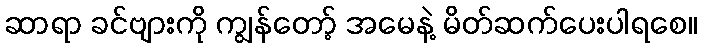
ဆာရာ ခင်ဗျားကို ကျွန်တော့် အမေနဲ့ မိတ်ဆက်ပေးပါရစေ။